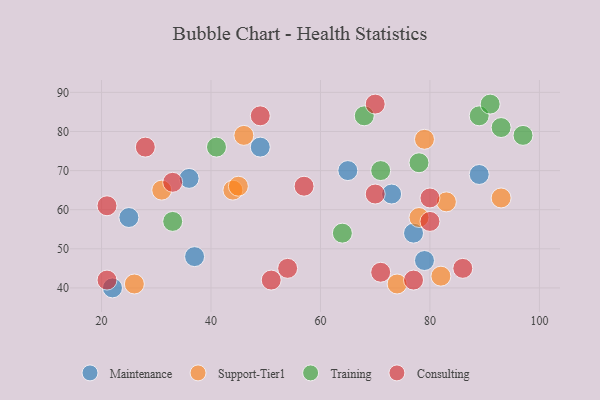
{"axis": {"x": "GDP", "y": "Life Expectancy"}, "legend": ["Consulting", "Maintenance", "Support-Tier1", "Training"], "data": [{"x": "73", "y": 64, "type": "Maintenance"}, {"x": "49", "y": 76, "type": "Maintenance"}, {"x": "25", "y": 58, "type": "Maintenance"}, {"x": "77", "y": 54, "type": "Maintenance"}, {"x": "89", "y": 69, "type": "Maintenance"}, {"x": "36", "y": 68, "type": "Maintenance"}, {"x": "22", "y": 40, "type": "Maintenance"}, {"x": "65", "y": 70, "type": "Maintenance"}, {"x": "37", "y": 48, "type": "Maintenance"}, {"x": "79", "y": 47, "type": "Maintenance"}, {"x": "82", "y": 43, "type": "Support-Tier1"}, {"x": "79", "y": 78, "type": "Support-Tier1"}, {"x": "74", "y": 41, "type": "Support-Tier1"}, {"x": "93", "y": 63, "type": "Support-Tier1"}, {"x": "46", "y": 79, "type": "Support-Tier1"}, {"x": "83", "y": 62, "type": "Support-Tier1"}, {"x": "26", "y": 41, "type": "Support-Tier1"}, {"x": "44", "y": 65, "type": "Support-Tier1"}, {"x": "31", "y": 65, "type": "Support-Tier1"}, {"x": "45", "y": 66, "type": "Support-Tier1"}, {"x": "78", "y": 58, "type": "Support-Tier1"}, {"x": "93", "y": 81, "type": "Training"}, {"x": "78", "y": 72, "type": "Training"}, {"x": "89", "y": 84, "type": "Training"}, {"x": "41", "y": 76, "type": "Training"}, {"x": "97", "y": 79, "type": "Training"}, {"x": "71", "y": 70, "type": "Training"}, {"x": "64", "y": 54, "type": "Training"}, {"x": "33", "y": 57, "type": "Training"}, {"x": "91", "y": 87, "type": "Training"}, {"x": "68", "y": 84, "type": "Training"}, {"x": "80", "y": 57, "type": "Consulting"}, {"x": "54", "y": 45, "type": "Consulting"}, {"x": "28", "y": 76, "type": "Consulting"}, {"x": "71", "y": 44, "type": "Consulting"}, {"x": "21", "y": 61, "type": "Consulting"}, {"x": "86", "y": 45, "type": "Consulting"}, {"x": "70", "y": 87, "type": "Consulting"}, {"x": "70", "y": 64, "type": "Consulting"}, {"x": "33", "y": 67, "type": "Consulting"}, {"x": "21", "y": 42, "type": "Consulting"}, {"x": "51", "y": 42, "type": "Consulting"}, {"x": "80", "y": 63, "type": "Consulting"}, {"x": "77", "y": 42, "type": "Consulting"}, {"x": "49", "y": 84, "type": "Consulting"}, {"x": "57", "y": 66, "type": "Consulting"}]}